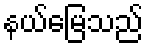
နယ်မြေသည်